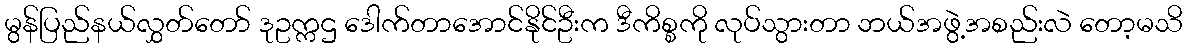
မွန်ပြည်နယ်လွှတ်တော် ဒုဥက္ကဌ ဒေါက်တာအောင်နိုင်ဦးက ဒီကိစ္စကို လုပ်သွားတာ ဘယ်အဖွဲ့အစည်းလဲ တော့မသိ